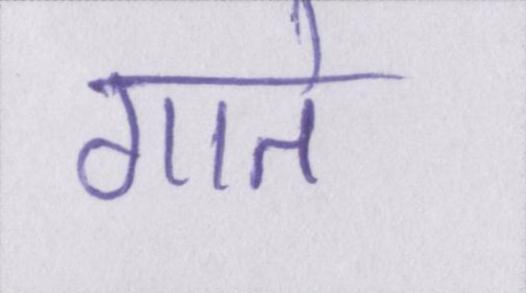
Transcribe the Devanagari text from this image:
गाते